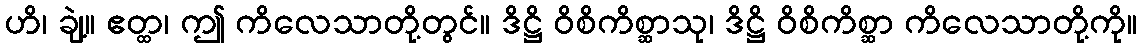
ဟိ၊ ချဲ့။ ဧတ္ထ၊ ဤ ကိလေသာတို့တွင်။ ဒိဋ္ဌိ ဝိစိကိစ္ဆာသု၊ ဒိဋ္ဌိ ဝိစိကိစ္ဆာ ကိလေသာတို့ကို။